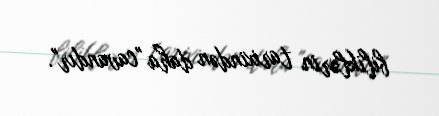
biliklərin tarixindən daha "cavandır".